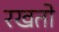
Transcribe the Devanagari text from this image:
रखतो